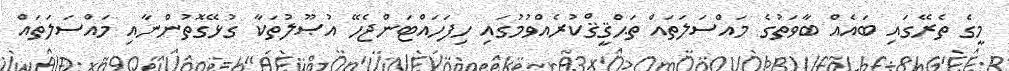
މީގެ ތެރޭގައި ބައެއް ބާވަތުގެ މައްސަލަތައް ތަޙްޤީޤްކުރެއްވުމުގައި ހިފަހައްޓަންޖެހޭ އުޞޫލުތަކާ ގުޅޭގޮތުންނާއި މައްސަލަތައް